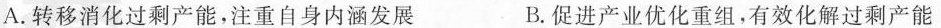
A.转移消化过剩产能，注重自身内涵发展 B.促进产业优化重组，有效化解过剩产能